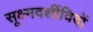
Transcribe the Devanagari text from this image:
सूक्ष्मदर्शीविदों